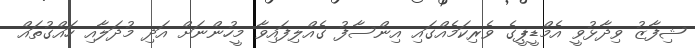
ޝިފާޒު ވިދާޅުވީ އެމްޑީޕީގެ ވެރިކަމެއްގައި އިންސާފު ގެއްލިފައިވާ މީހުންނަށް އަދި މުދަލާއި ހައްގުތައް